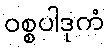
ဝစ္စပါဒုကံ